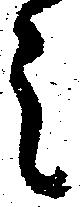
ミ